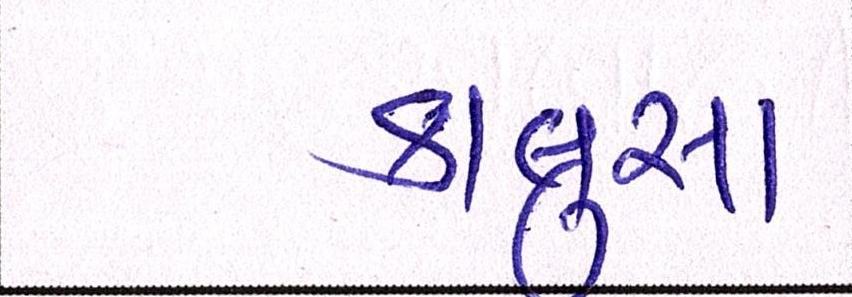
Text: કાલુસા